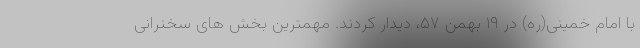
با امام خمینی(ره) در ۱۹ بهمن ۵۷، دیدار کردند. مهمترین بخش های سخنرانی